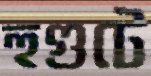
হুগুটে